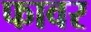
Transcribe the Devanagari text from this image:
फावर